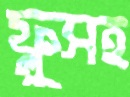
ফ্লুসহ